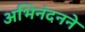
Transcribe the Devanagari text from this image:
अभिनंदनने